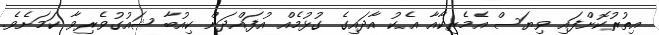
އިތުރުކޮށްފައި ވިޔަސް އެމެރިކާއާ އެކު އާދައިގެ ގުޅުމެއް އުފައްދަން ކިއުބާ ޝައުގުވެރިވާ ކަމަށެވެ.